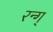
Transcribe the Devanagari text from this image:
रन्ग्